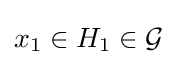
x_{1}\in H_{1}\in {\mathcal {G}}